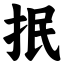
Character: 抿